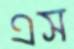
এস